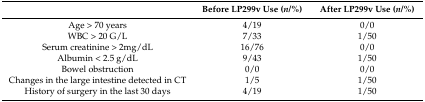
<table><thead><tr><td></td><td><b>Before LP299v Use (<i>n</i>/%)</b></td><td><b>After LP299v Use (<i>n</i>/%)</b></td></tr></thead><tbody><tr><td>Age &gt; 70 years</td><td>4/19</td><td>0/0</td></tr><tr><td>WBC &gt; 20 G/L</td><td>7/33</td><td>1/50</td></tr><tr><td>Serum creatinine &gt; 2mg/dL</td><td>16/76</td><td>0/0</td></tr><tr><td>Albumin &lt; 2.5 g/dL</td><td>9/43</td><td>1/50</td></tr><tr><td>Bowel obstruction</td><td>0/0</td><td>0/0</td></tr><tr><td>Changes in the large intestine detected in CT</td><td>1/5</td><td>1/50</td></tr><tr><td>History of surgery in the last 30 days</td><td>4/19</td><td>1/50</td></tr></tbody></table>